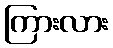
ကြားလား